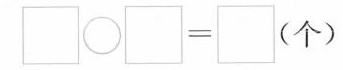
$$\square \bigcirc \square = \square$$(个)